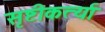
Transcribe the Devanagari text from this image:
सृष्टीकर्त्या